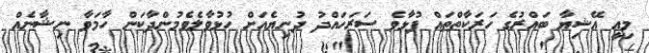
މިއީ އޭޝިޔާ ބައްރުގެ ހަރަކާތްތައް ފުޅާވެ ސަރަހައްދު ދުނިޔެއަށް ހުޅުވާލެވެމުންދާކަން ހާމަވާ ނިޝާނެއް